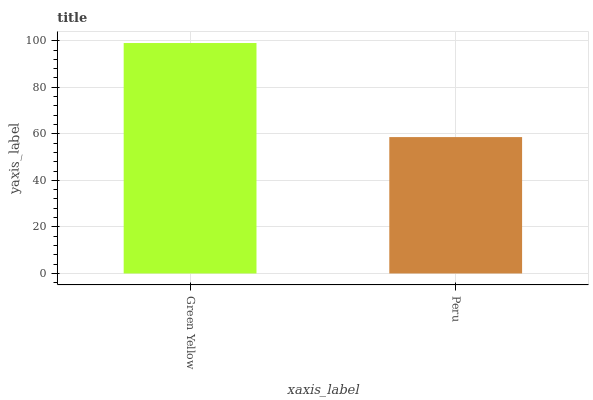
| xaxis_label | bars |
 | --- | --- |
 | Green Yellow | 99 |
 | Peru | 58.6 |